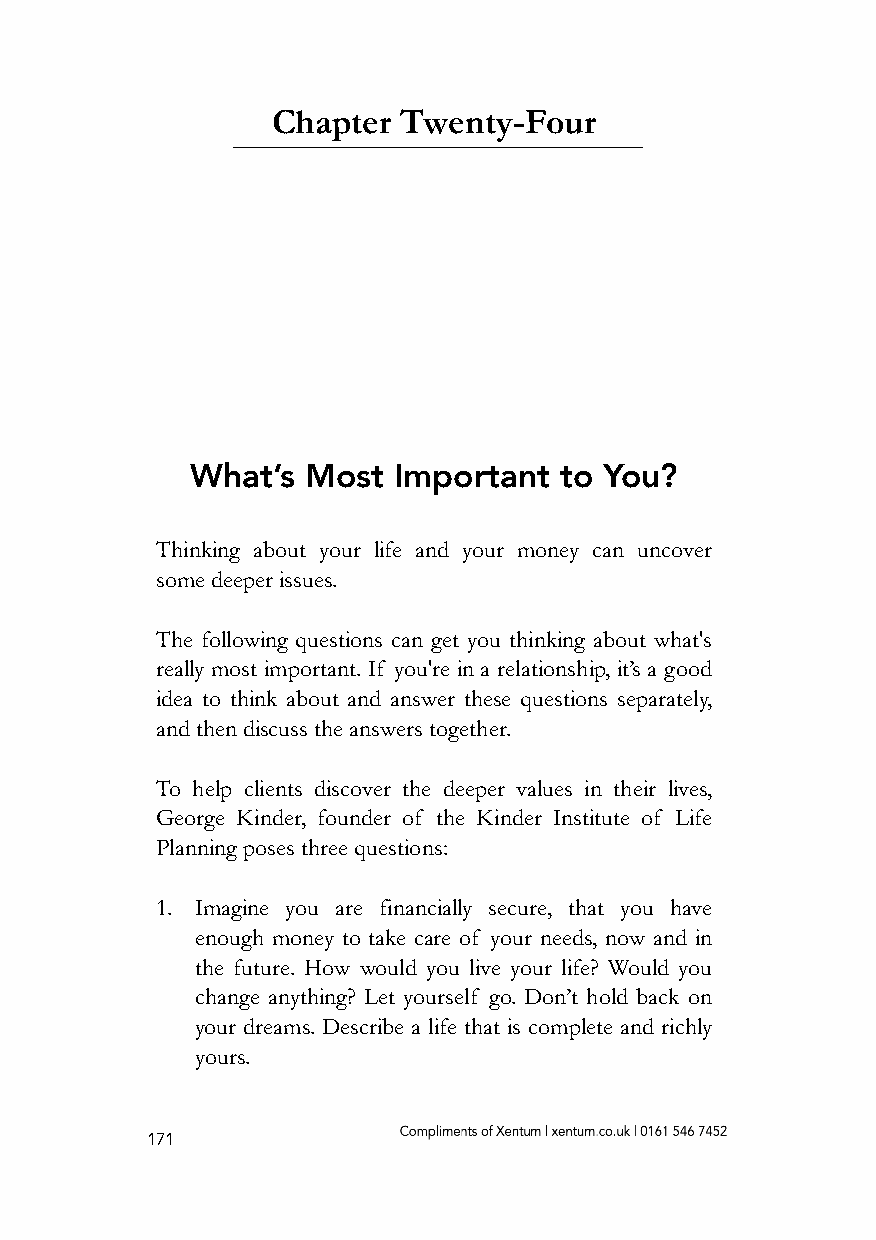
Chapter  Twenty-Four
 What’s Most  Important  to You?
 Thinking about your life and your money can uncover
 some deeper issues.
 The following questions can get you thinking about what's
 really most important. If you're in a relationship, it’s a good
 idea to think about and answer these questions separately,
 and then discuss the answers together.
 To help clients discover the deeper values in their lives,
 George Kinder, founder of the Kinder Institute of Life
 Planning poses three questions:
 1. Imagine you are financially secure, that you have
 enough money to take care of your needs, now and in
 the future. How would you live your life? Would you
 change anything? Let yourself go. Don’t hold back on
 your dreams. Describe a life that is complete and richly
 yours.
 171